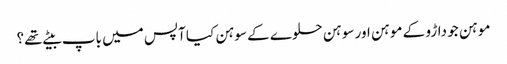
موہن جو داڑو کے موہن اور سوہن حلوے کے سوہن کیا آپس میں باپ بیٹے تھے؟